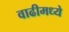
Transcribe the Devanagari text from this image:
वाढीमध्ये